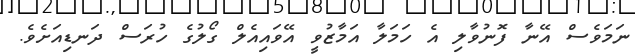
ނަމަވެސް އޭނާ ފޮނުވާލި އެ ހަމަލާ އަމާޒުވީ އޭވައިއެލް ގޯލުގެ ހުރަސް ދަނޑިއަށެވެ.